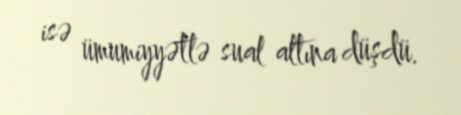
isə ümumiyyətlə sual altına düşdü.